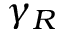
\gamma _ { R }